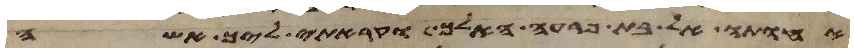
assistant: אחותו אל בת פרעה האלך וקראתי ליך אשה